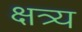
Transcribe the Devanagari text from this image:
क्षत्र्य